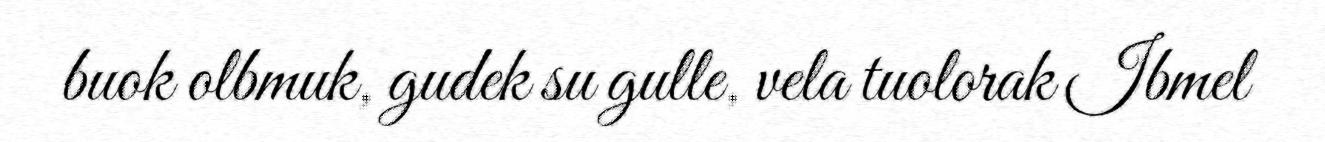
buok olbmuk, gudek su gulle, vela tuolorak Ibmel